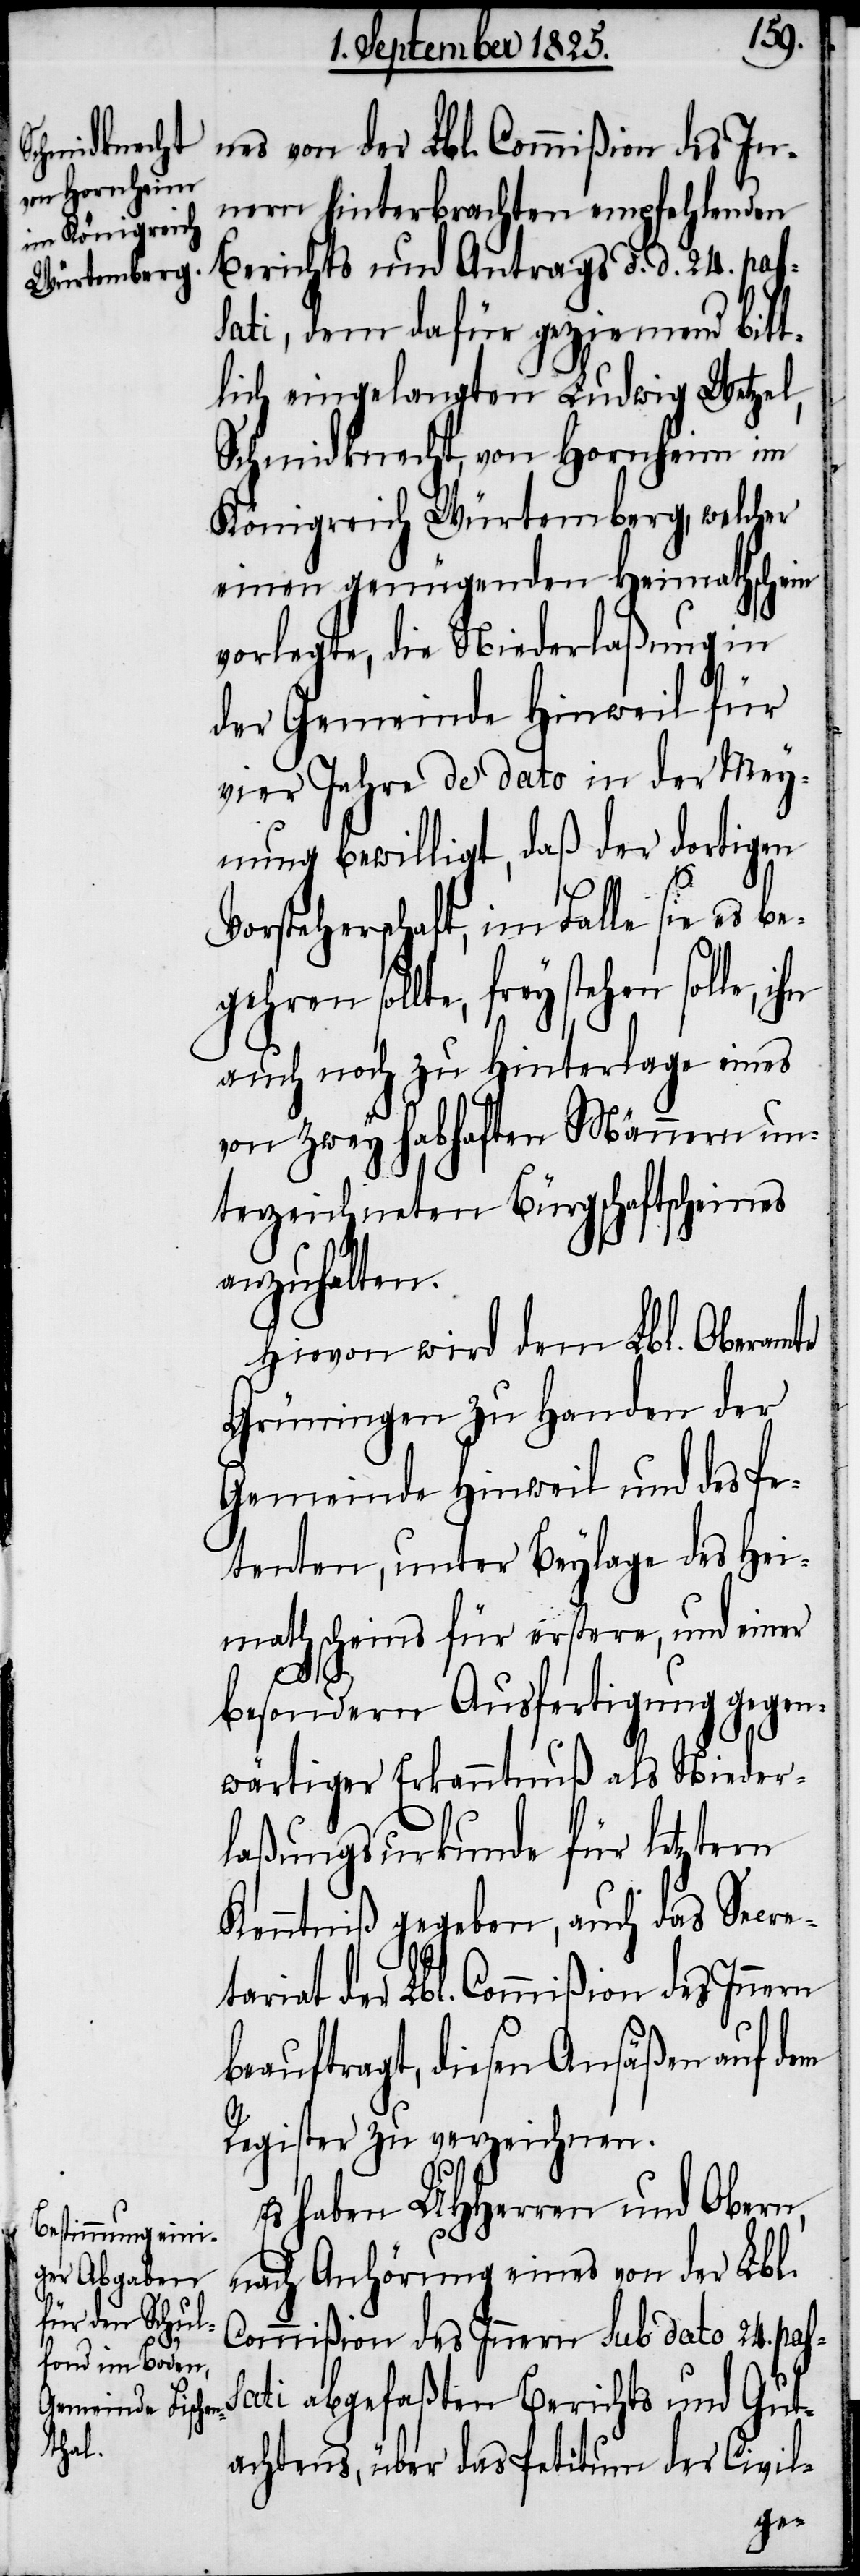
nes von der Lbl. Commißion des In¬
nern hinterbrachten empfehlenden
Berichts und Antrags d. d. 24. pas¬
sati, dem dafür geziemend bitt¬
lich eingelangten Ludwig Wetzel,
Schmidknecht, von Hornheim im
Königreich Würtemberg, welcher
einen genügenden Heimathschein
vorlegte, die Niederlaßung in
der Gemeinde Hinweil für
vier Jahre de dato in der Mey¬
nung bewilligt, daß der dortigen
Vorsteherschaft, im Falle sie es
gehren sollte, frey stehen solle, ihn
auch noch zu Hinterlage eines
von zwey habhaften Männer un¬
terzeichneten Bürgschaftsscheines
anzuhalten.
Hievon wird dem Lbl. Oberamte
Grüningen zu Handen der
Gemeinde Hinweil und des Pe¬
tenten, unter Beylage des Hei¬
mathscheins für erstere, und einer
besondern Ausfertigung gegen¬
wärtiger Erkanntnuß als Nieder¬
laßungsurkunde für letztern
Kenntniß gegeben, auch das Secret¬
ariat der Lbl. Commißion des Innern
beauftragt, diesen Ansäßen auf dem
Register zu verzeichnen.
haben UHHerren und Obern,
nach Anhörung eines von der Lbl.
Commißion des Innern sub dato 24. pas¬
sati abgefaßten Berichts und Gut¬
achtens, über das Petitum der Civil-
be¬